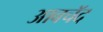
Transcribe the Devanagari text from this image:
आबचॅद